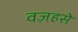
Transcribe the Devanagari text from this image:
वज़हसे